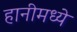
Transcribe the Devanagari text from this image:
हानीमध्ये